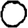
Digit: 0